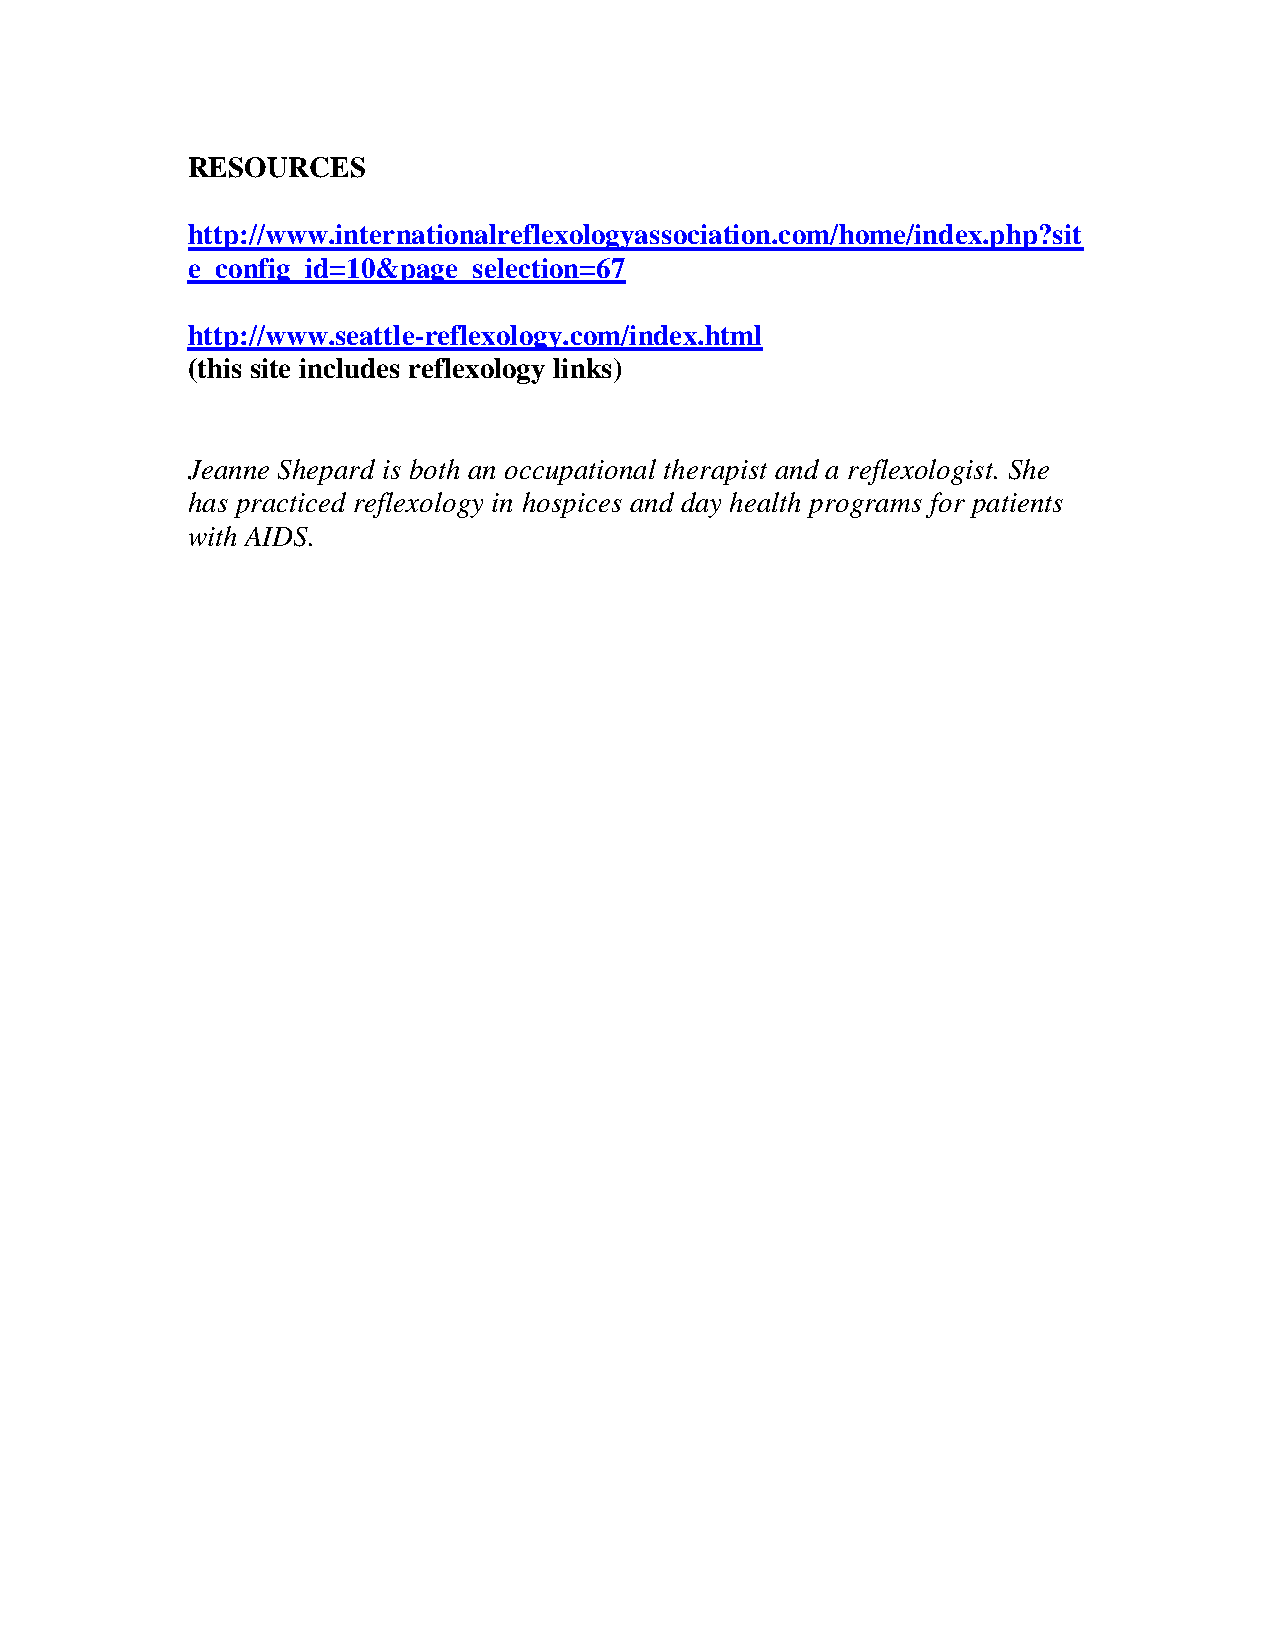
RESOURCES
 http://www.internationalreflexologyassociation.com/home/index.php?sit
 e_config_id=10&page_selection=67
 http://www.seattle-reflexology.com/index.html
 (this site includes reflexology links)
 Jeanne Shepard is both an occupational therapist and a reflexologist. She
 has practiced reflexology in hospices and day health programs for patients
 with AIDS.